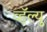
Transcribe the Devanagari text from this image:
व्हॅल्यु